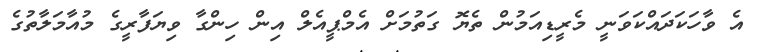
އެ ވާހަކަދައްކަވަނީ މެރީޑިއަމުން ތެޔޮ ގަތުމަށް އެމްޕީއެލް އިން ހިންގާ ވިޔަފާރީގެ މުއާމަލާތުގެ